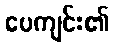
ပေကျင်း၏